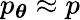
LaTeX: p_{\boldsymbol{\theta}}\approx p